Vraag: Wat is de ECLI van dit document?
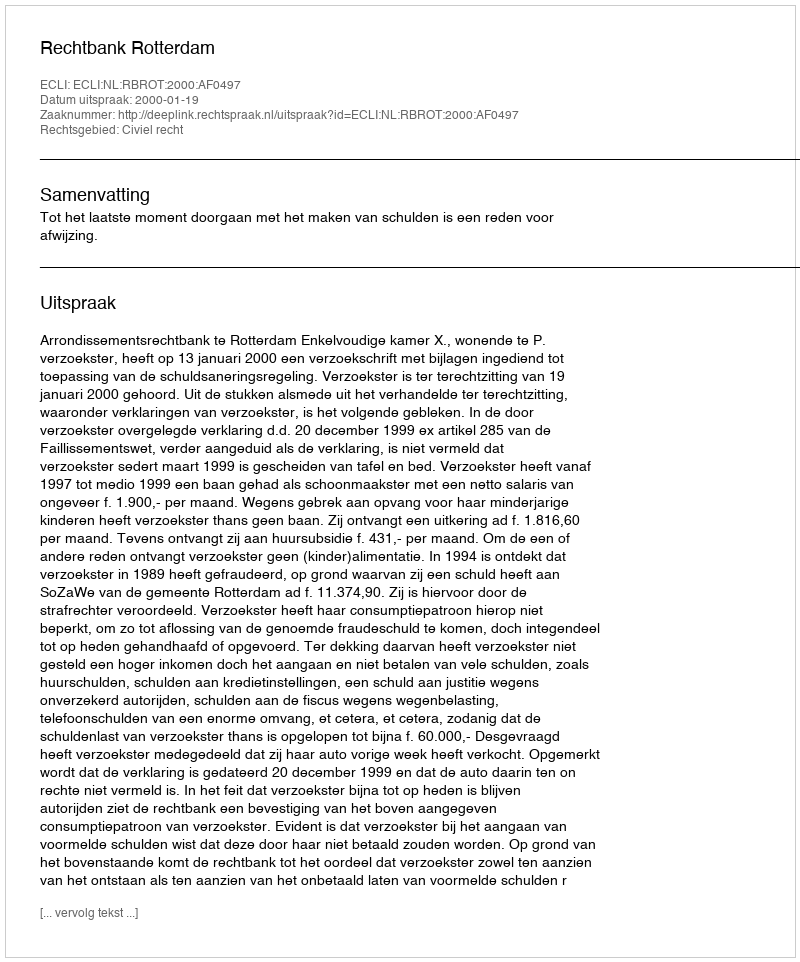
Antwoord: ECLI:NL:RBROT:2000:AF0497